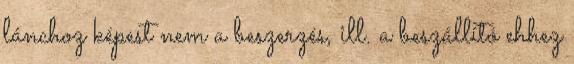
lánchoz képest nem a beszerzés, ill. a beszállító ehhez